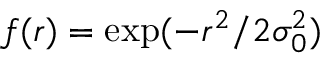
f ( r ) = \exp ( - r ^ { 2 } / 2 \sigma _ { 0 } ^ { 2 } )